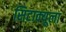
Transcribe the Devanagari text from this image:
सिटाक्यूला